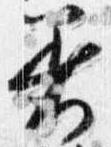
着